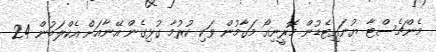
މެންޗެސްޓާ ޔުނައިޓެޑުން މޮރީނިއޯ މަގާމުން ވަކި ކުރުމާ ގުޅިގެން އޭނާއަށް އެކްލަބުން 24